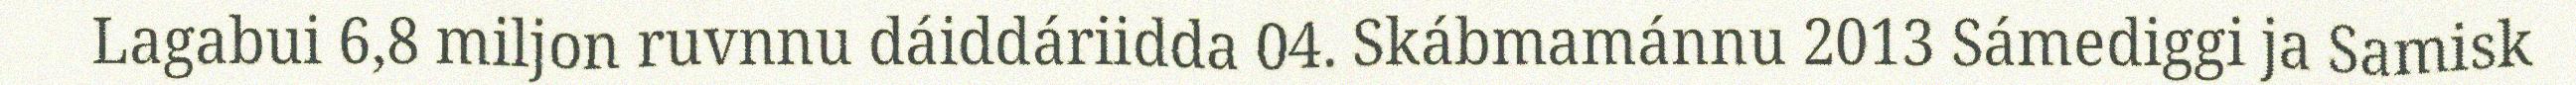
Lagabui 6,8 miljon ruvnnu dáiddáriidda 04. Skábmamánnu 2013 Sámediggi ja Samisk